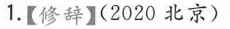
1.【修辞】(2020北京)